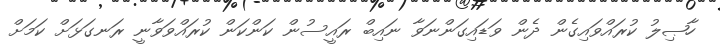
ހާޞިލު ކުރައްވައިގެން ދެން ވަޑައިގަންނަވާ ނައިބް ރައީސުން ކަންކަން ކުރައްވަވާނީ ރަނގަޅަށް ކަމަށް